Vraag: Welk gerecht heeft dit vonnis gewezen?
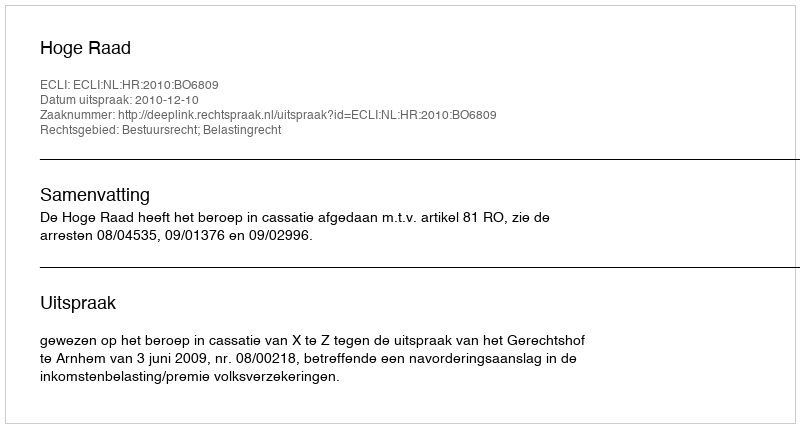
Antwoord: Hoge Raad